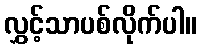
လွှင့်သာပစ်လိုက်ပါ။